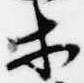
等